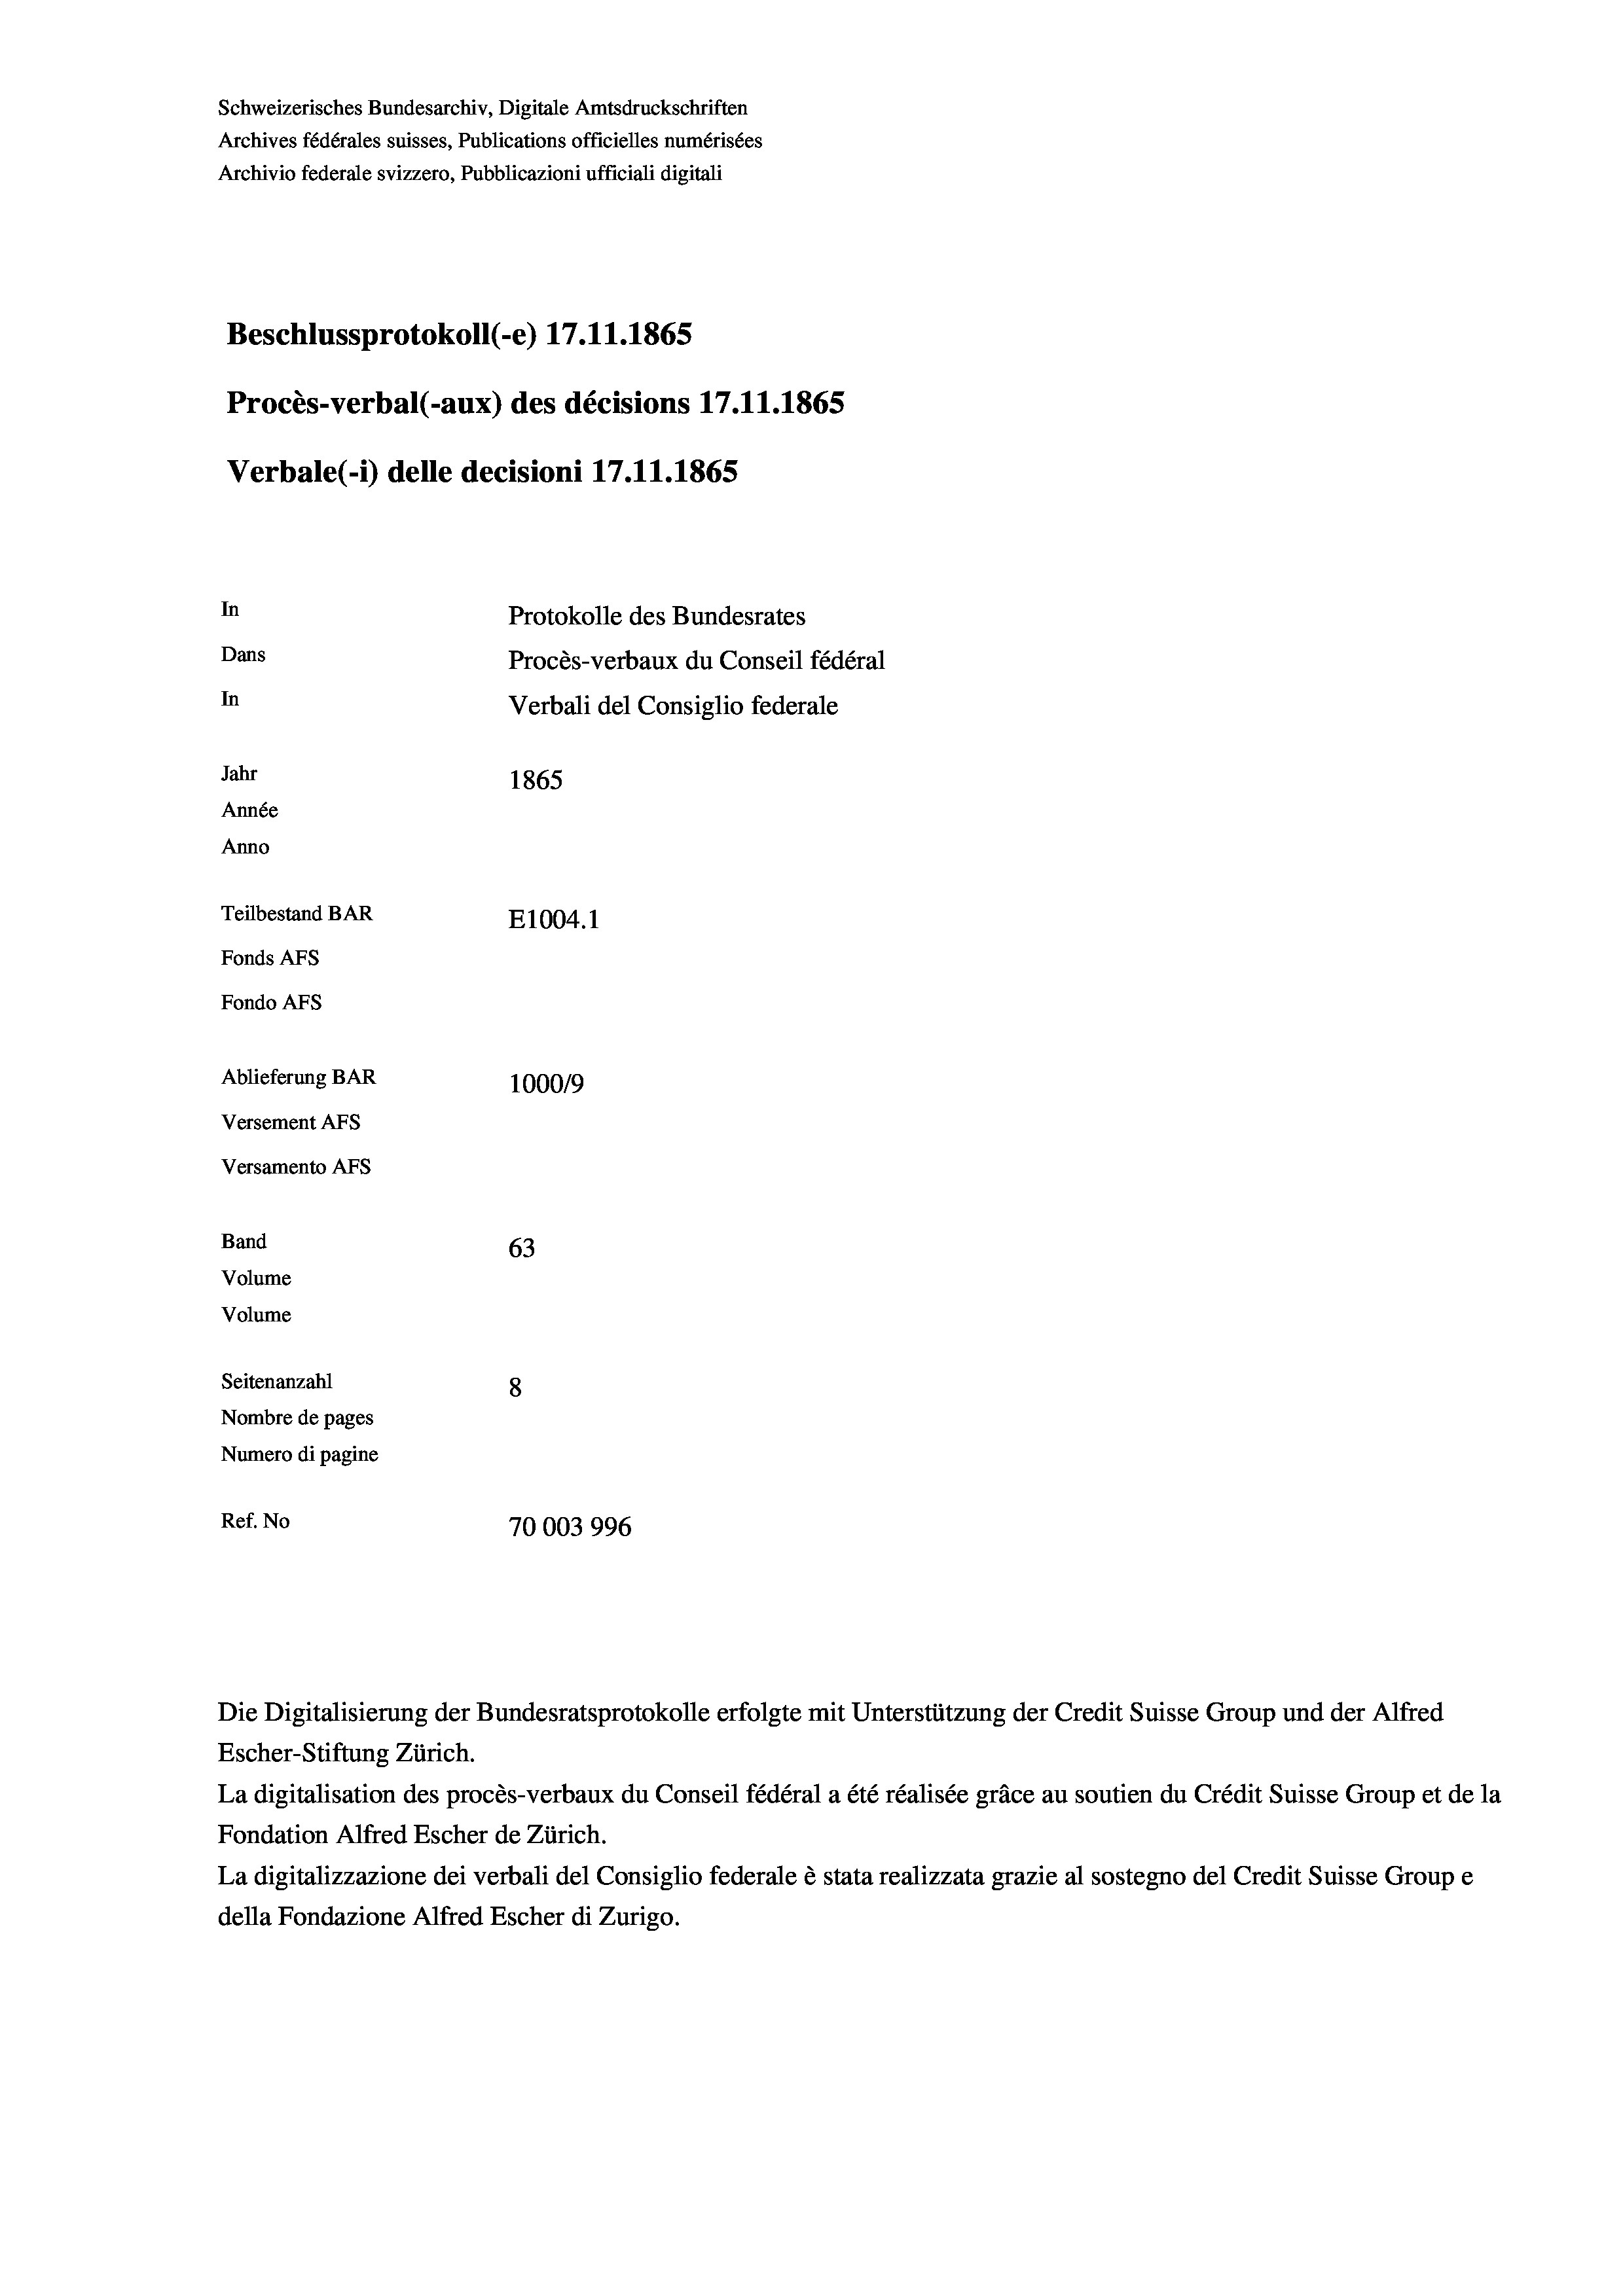
Schweizerisches Bundesarchiv, Digitale Amtsdruckschriften
Archives fédérales suisses, Publications officielles numérisées
Archivio federale svizzero, Pubblicazioni ufficiali digitali
Beschlussprotokoll (-e) 17. 11. 1865
Procès-verbal (-aux) des décisions 17.11.1865
Verbale (i) delle decisioni 17.11.1865
In
Protokolle des Bundesrates
Dans
Procès-verbaux du Conseil fédéral
In
Verbali del Consiglio federale
Jahr
1865
Année
Anno
Teilbestand BAR
E1004. 1
Fonds AFs
Fondo AFS
Ablieferung BAR
100019
Versement AFS
Versamento Afs

63
Seitenanzahl
8
Nombre de pages
Numero di pagine
Ref. No
70003996

Band
Volume
Volume

Escher-Stiftung Zürich.
La digitalisation des procès-verbaux du Conseil fédéral a été réalisée gräce au soutien du Crédit Suisse Group et de la
Fondation Alfred Escher de Zürich.
La digitalizzazione dei verbali del Consiglio federale è stata realizzata grazie al sostegno del Credit Suisse Groupe
della Fondazione Alfred Escher di Zurigo.

Die Digitalisierung der Bundesratsprotokolle erfolgte mit Unterstützung der Credit Suisse Group und der Alfred